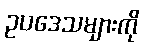
ဥပဒေသများကို